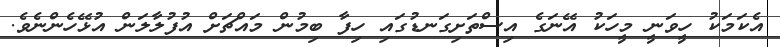
އެކަމަކު ހީވަނީ މީހަކު އޭނަގެ އިސްތަށިގަނޑުގައި ހިފާ ބިމުން މައްޗަށް އުފުލާލަން އުޅޭހެންނެވެ.